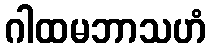
ဂါထမဘာသဟံ